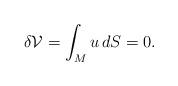
LaTeX: \begin{align*} \delta \mathcal{V} = \int_M u \, dS = 0.\end{align*}